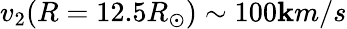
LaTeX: v_{2}(R=12.5R_{\odot})\sim100\mathbf{k}m/s